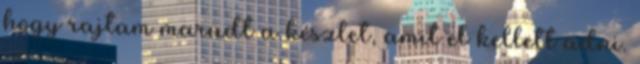
hogy rajtam maradt a készlet, amit el kellett adni.